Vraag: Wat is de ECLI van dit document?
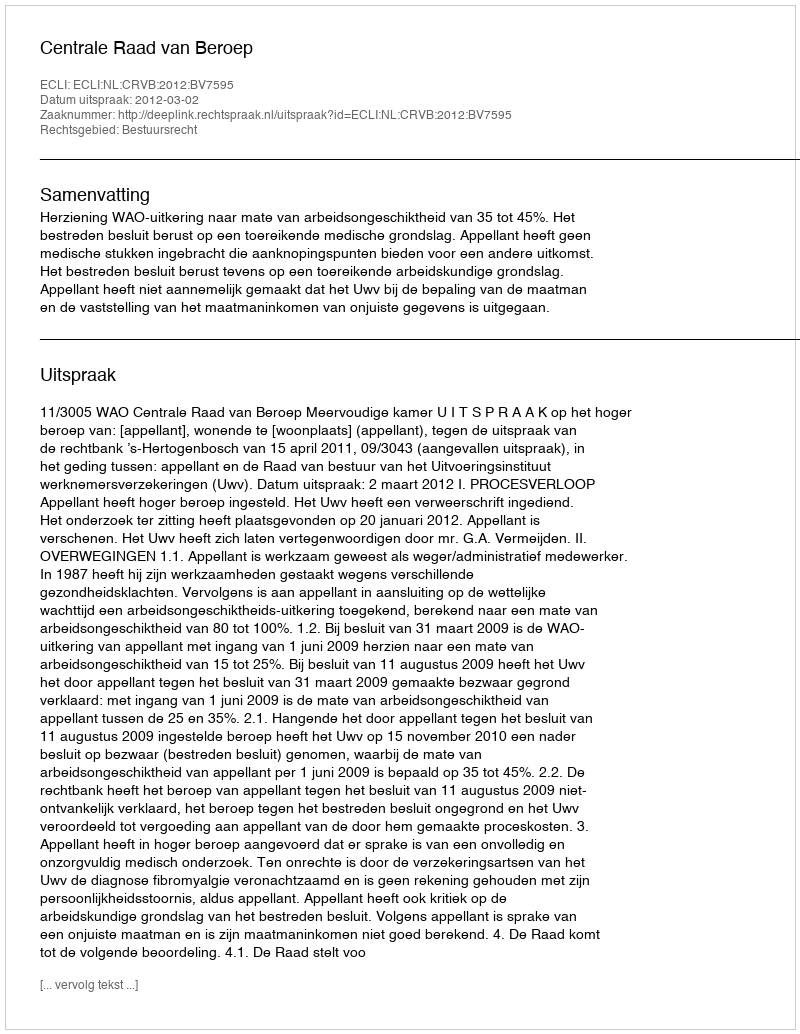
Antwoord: ECLI:NL:CRVB:2012:BV7595